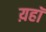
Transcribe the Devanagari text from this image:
य़हॉ